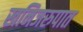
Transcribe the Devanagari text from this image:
खनिजरुपात